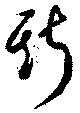
斯